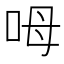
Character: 呣